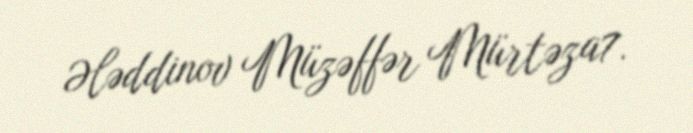
Ələddinov Müzəffər Mürtəza7.